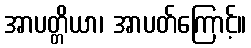
အာပတ္တိယာ၊ အာပတ်ကြောင့်။